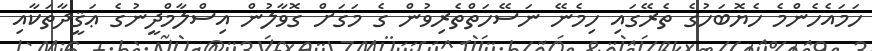
ހަމައެހެންމެ ހެޔޮބަހުގެ ތެރޭގައި ހިމެނޭ ނަސޭހަތްތެރިވުން ގެ މަގަށް ގޮވާލުން އިސްލާމްދީނުގެ ޢަޤީދާތަކާއި